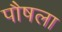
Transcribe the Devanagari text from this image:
पौषला